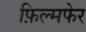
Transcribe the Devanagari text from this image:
फ़िल्मफेर